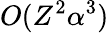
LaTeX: O(Z^{2}\alpha^{3})